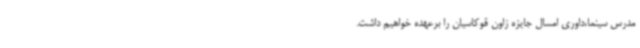
مدرس سینما،داوری امسال جایزه زاون قوکاسیان را برعهده خواهیم داشت.